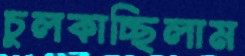
চুলকাচ্ছিলাম